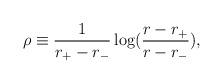
LaTeX: \begin{align*}\rho \equiv \frac{1}{r_{+}-r_{-}}\log (\frac{r-r_{+}}{r-r_{-}}),\end{align*}